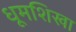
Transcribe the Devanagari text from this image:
धूमशिखा